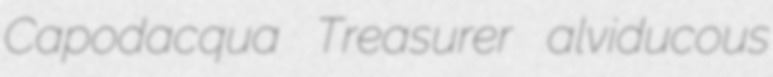
Capodacqua Treasurer alviducous